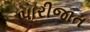
પારીજાત